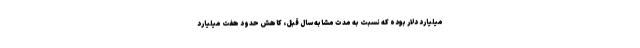
میلیارد دلار بوده که نسبت به مدت مشابه سال قبل، کاهش حدود هفت میلیارد